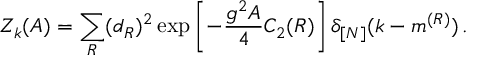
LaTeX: { \cal Z } _ { k } ( A ) = \sum _ { R } ( d _ { R } ) ^ { 2 } \exp \left[ - \frac { g ^ { 2 } A } { 4 } C _ { 2 } ( R ) \right] \delta _ { [ N ] } ( k - m ^ { ( R ) } ) \, .